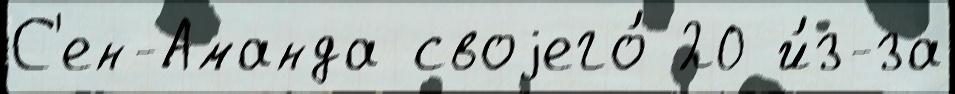
С'ен-Аманда своjего́ 20 и́з-за